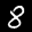
Label: 8